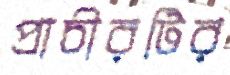
প্রাচীরটির